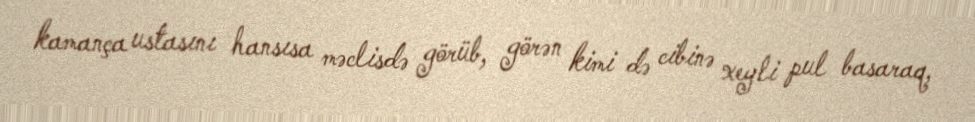
kamança ustasını hansısa məclisdə görüb, görən kimi də cibinə xeyli pul basaraq,